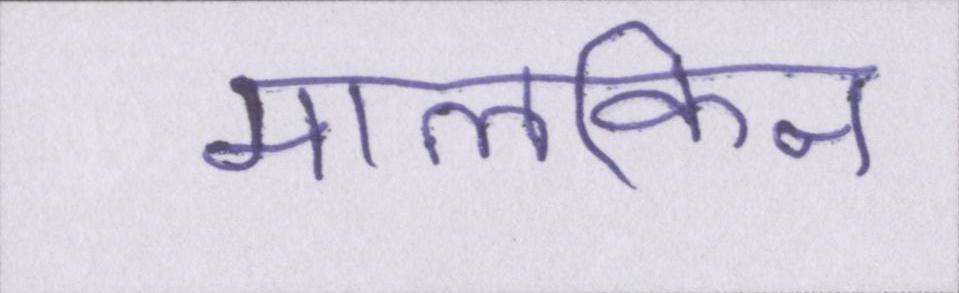
मालकिन